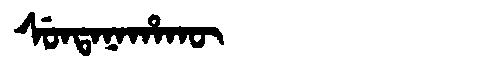
Manchu: ᠰᡠᠨᡨᠠᠨᠠᡥᠠᡴᡡ
Romanization: SUNTANAHAKŪ